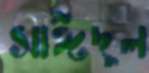
সাঈদুল